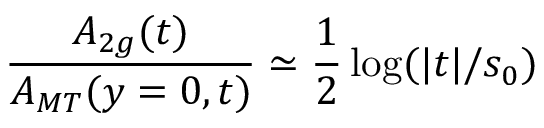
{ \frac { A _ { 2 g } ( t ) } { A _ { M T } ( y = 0 , t ) } } \simeq { \frac { 1 } { 2 } } \log ( | t | / s _ { 0 } )